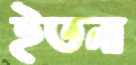
ইতনা